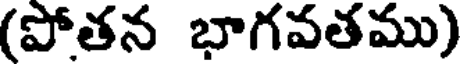
(పోతన భాగవతము)